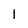
Character: 1